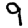
Digit: 9